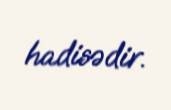
hadisədir.